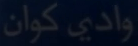
وادي کوان